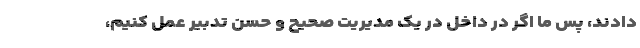
دادند، پس ما اگر در داخل در یک مدیریت صحیح و حسن تدبیر عمل کنیم،